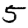
Digit: 5